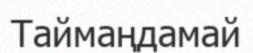
Таймаңдамай